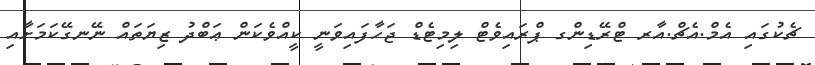
ޗެކުގައި އެމް.އެޗް.އާރ ޓްރޭޑިންގ ޕްރައިވެޓް ލިމިޓެޑް ޖަހާފައިވަނީ ކީއްވެކަން ޢަބްދު ޒިޔަތައް ނޭނގޭކަމަށާއި